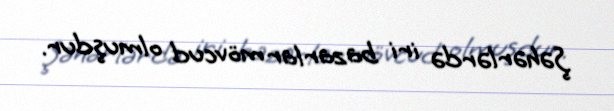
Şəhərlərdə iri bazarlar mövcud olmuşdur.